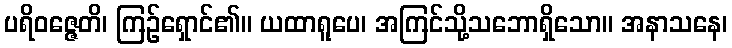
ပရိဝဇ္ဇေတိ၊ ကြဉ်ရှောင်၏။ ယထာရူပေ၊ အကြင်သို့သဘောရှိသော။ အနာသနေ၊